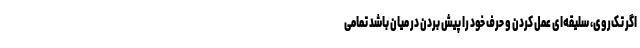
اگر تک‌روی، سلیقه‌ای عمل کردن و حرف خود را پیش بردن در میان باشد تمامی